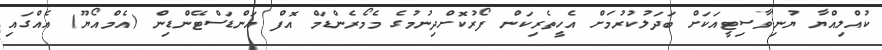
ކުއްލިއްޔާ ޔުނިވާސިޓީއަކަށް ބަދަލުކުރުމަށް އެހީތެރިކަން ފޯރުކޮށްދިނުމުގެ މެމޯރެންޑަމް އޮފް އަންޑަސްޓޭންޑިން (އެމްއޯޔޫ) އެއްގައި